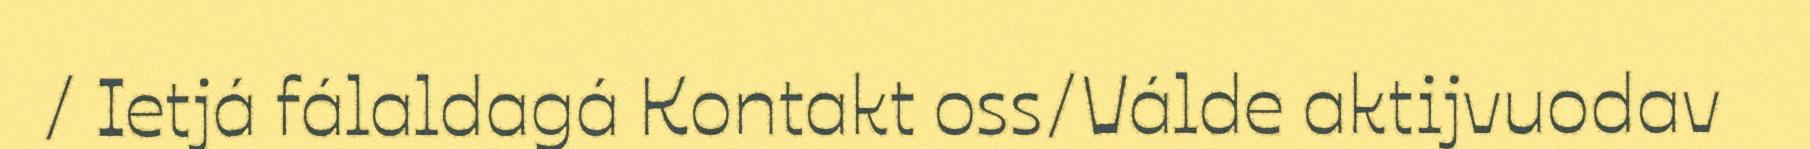
/ Ietjá fálaldagá Kontakt oss/Válde aktijvuodav